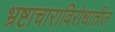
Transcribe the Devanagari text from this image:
भ्रष्टाचाराविरोधातील